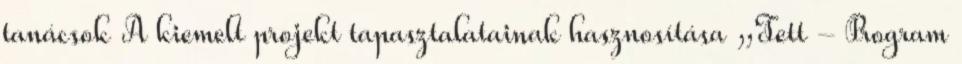
tanácsok A kiemelt projekt tapasztalatainak hasznosítása „Tett - Program